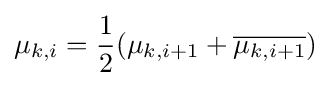
\mu _{k,i}={\frac {1}{2}}(\mu _{k,i+1}+{\overline {\mu _{k,i+1}}})